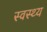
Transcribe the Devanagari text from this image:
स्‍वस्‍थ्‍य